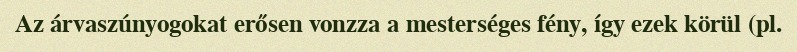
Az árvaszúnyogokat erősen vonzza a mesterséges fény, így ezek körül (pl.